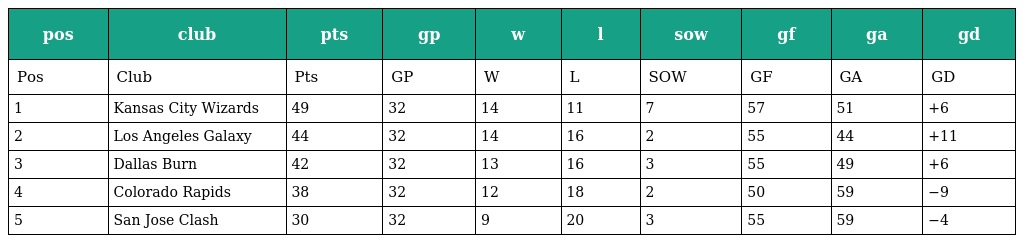
| pos | club | pts | gp | w | l | sow | gf | ga | gd |
 | --- | --- | --- | --- | --- | --- | --- | --- | --- | --- |
 | Pos | Club | Pts | GP | W | L | SOW | GF | GA | GD |
 | 1 | Kansas City Wizards | 49 | 32 | 14 | 11 | 7 | 57 | 51 | +6 |
 | 2 | Los Angeles Galaxy | 44 | 32 | 14 | 16 | 2 | 55 | 44 | +11 |
 | 3 | Dallas Burn | 42 | 32 | 13 | 16 | 3 | 55 | 49 | +6 |
 | 4 | Colorado Rapids | 38 | 32 | 12 | 18 | 2 | 50 | 59 | −9 |
 | 5 | San Jose Clash | 30 | 32 | 9 | 20 | 3 | 55 | 59 | −4 |